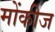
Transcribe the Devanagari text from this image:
मोंकीज